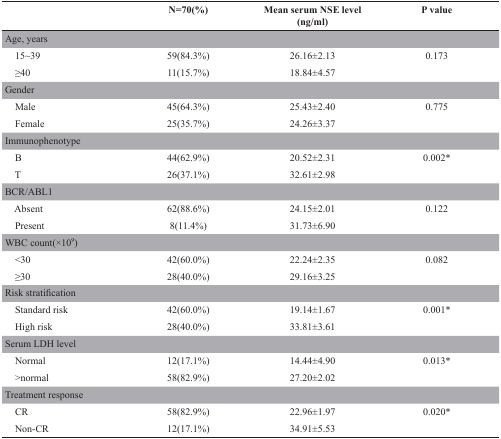
|  | N=70(%) | Mean serum NSE level (ng/ml) | P value |
 | --- | --- | --- | --- |
 | <COLSPAN=4> Age, years |
 | 15~39 | 59(84.3%) | 26.16±2.13 | 0.173 |
 | ≥40 | 11(15.7%) | 18.84±4.57 |  |
 | <COLSPAN=4> Gender |
 | Male | 45(64.3%) | 25.43±2.40 | 0.775 |
 | Female | 25(35.7%) | 24.26±3.37 |  |
 | <COLSPAN=4> Immunophenotype |
 | B | 44(62.9%) | 20.52±2.31 | 0.002* |
 | T | 26(37.1%) | 32.61±2.98 |  |
 | <COLSPAN=4> BCR/ABL1 |
 | Absent | 62(88.6%) | 24.15±2.01 | 0.122 |
 | Present | 8(11.4%) | 31.73±6.90 |  |
 | <COLSPAN=4> WBC count(×109) |
 | <30 | 42(60.0%) | 22.24±2.35 | 0.082 |
 | ≥30 | 28(40.0%) | 29.16±3.25 |  |
 | <COLSPAN=4> Risk stratification |
 | Standard risk | 42(60.0%) | 19.14±1.67 | 0.001* |
 | High risk | 28(40.0%) | 33.81±3.61 |  |
 | <COLSPAN=4> Serum LDH level |
 | Normal | 12(17.1%) | 14.44±4.90 | 0.013* |
 | >normal | 58(82.9%) | 27.20±2.02 |  |
 | <COLSPAN=4> Treatment response |
 | CR | 58(82.9%) | 22.96±1.97 | 0.020* |
 | Non-CR | 12(17.1%) | 34.91±5.53 |  |